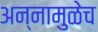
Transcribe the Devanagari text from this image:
अन्नामुळेच